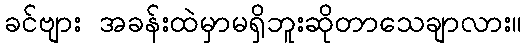
ခင်ဗျား အခန်းထဲမှာမရှိဘူးဆိုတာသေချာလား။